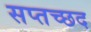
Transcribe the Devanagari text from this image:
सप्तच्छद